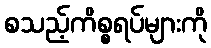
စသည့်ကိစ္စရပ်များကို